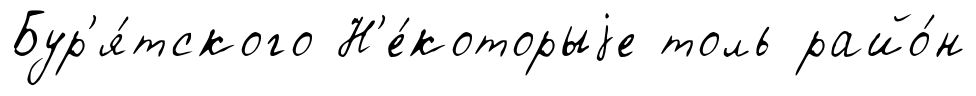
Бур'я́тского Н'е́которыjе толь райо́н